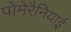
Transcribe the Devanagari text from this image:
पोमेरैनियाई